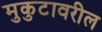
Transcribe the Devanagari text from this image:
मुकुटावरील